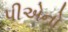
પીએનો